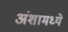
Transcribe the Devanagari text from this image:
अंशामध्ये